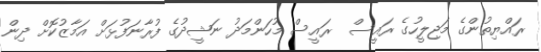
ރައްޔިތުންގެ މަޖިލީހުގެ ރައީސް  ރައީސް މުހަންމަދު ނަޝީދުގެ ފުރާނަފުޅަށް އަމާޒުކޮށް ދިން